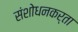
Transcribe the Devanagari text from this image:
संशोधनकर्ता